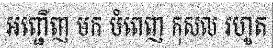
អញ្ជើញ មក បំពេញ កុសល រហូត